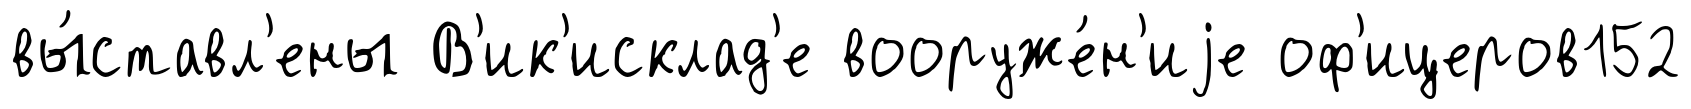
вы́ставл'ены В'ик'исклад'е вооруже́н'иjе оф'ицеров152